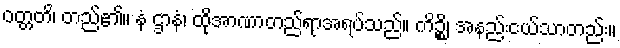
ဝတ္တတိ၊ တည်၏။ နံ ဌာနံ၊ ထိုအာဏာတည်ရာအရပ်သည်။ ကိဉ္စိ၊ အနည်းငယ်သာတည်း။